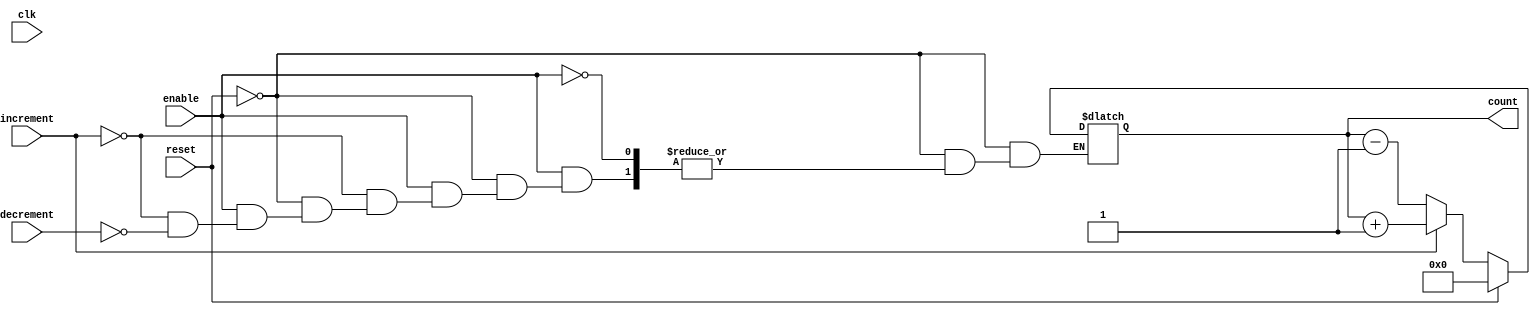
module dynamic_asynchronous_counter (
    input wire clk,           // Clock signal (not used in asynchronous counting)
    input wire reset,         // Asynchronous reset signal
    input wire enable,        // Enable signal for counting
    input wire increment,     // Increment signal
    input wire decrement,     // Decrement signal
    output reg [3:0] count    // 4-bit output count
);

// Asynchronous reset logic
always @(*) begin
    if (reset) begin
        count = 4'b0000; // Reset count to 0
    end else if (enable) begin
        if (increment) begin
            count = count + 1; // Increment count
        end else if (decrement) begin
            count = count - 1; // Decrement count
        end
    end
end

endmodule